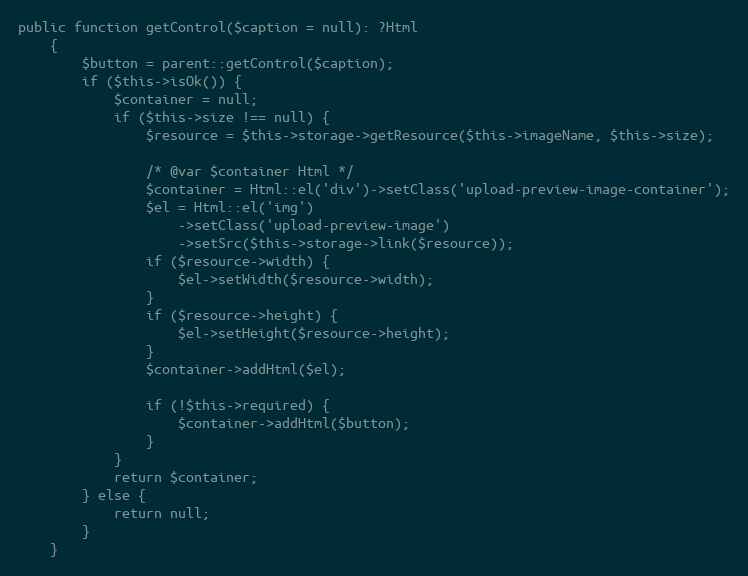
Language: PHP
public function getControl($caption = null): ?Html
	{
		$button = parent::getControl($caption);
		if ($this->isOk()) {
			$container = null;
			if ($this->size !== null) {
				$resource = $this->storage->getResource($this->imageName, $this->size);

				/* @var $container Html */
				$container = Html::el('div')->setClass('upload-preview-image-container');
				$el = Html::el('img')
					->setClass('upload-preview-image')
					->setSrc($this->storage->link($resource));
				if ($resource->width) {
					$el->setWidth($resource->width);
				}
				if ($resource->height) {
					$el->setHeight($resource->height);
				}
				$container->addHtml($el);

				if (!$this->required) {
					$container->addHtml($button);
				}
			}
			return $container;
		} else {
			return null;
		}
	}